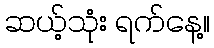
ဆယ့်သုံး ရက်နေ့။